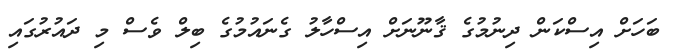
ބަހަށް އިސްކަން ދިނުމުގެ ޤާނޫނަށް އިސްހާލު ގެނައުމުގެ ބިލް ވެސް މި ދައުރުގައި